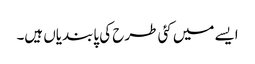
ایسے میں کئی طرح کی پابندیاں ہیں۔